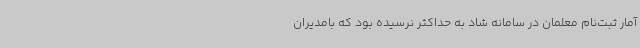
آمار ثبت‌نام معلمان در سامانه شاد به حداکثر نرسیده بود که بامدیران